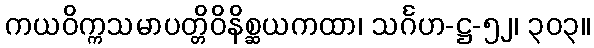
ကယဝိက္ကသမာပတ္တိဝိနိစ္ဆယကထာ၊ သင်္ဂဟ-ဋ္ဌ-၅၂၊ ၃၀၃။